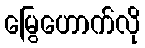
မြွေဟောက်လို